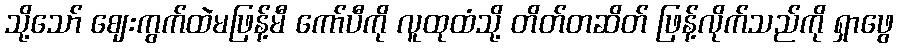
သို့သော် ဈေးကွက်ထဲမဖြန့်မီ ကော်ပီကို လူထုထံသို့ တိတ်တဆိတ် ဖြန့်လိုက်သည်ကို ရှာဖွေ